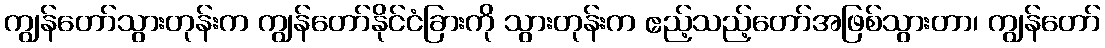
ကျွန်တော်သွားတုန်းက ကျွန်တော်နိုင်ငံခြားကို သွားတုန်းက ဧည့်သည့်တော်အဖြစ်သွားတာ၊ ကျွန်တော်